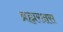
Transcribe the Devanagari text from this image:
ब्रह्मरक्षस